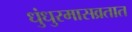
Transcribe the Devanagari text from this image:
धुंधुरमासव्रतात